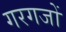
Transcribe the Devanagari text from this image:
गरगजों